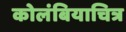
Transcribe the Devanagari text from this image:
कोलंबियाचित्र